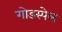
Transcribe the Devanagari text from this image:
गोडस्पेल